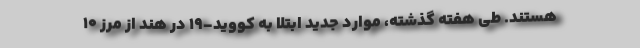
هستند. طی هفته گذشته، موارد جدید ابتلا به کووید-۱۹ در هند از مرز ۱۰